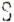
S